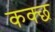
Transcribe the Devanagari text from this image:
कक्छ